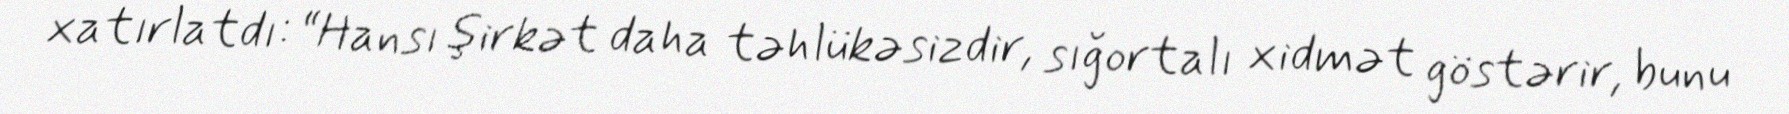
xatırlatdı: “Hansı şirkət daha təhlükəsizdir, sığortalı xidmət göstərir, bunu